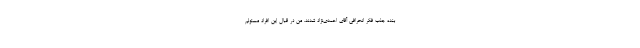
بنده جذب فکر انحرافی آقای احمدی‌نژاد شدند. من در قبال این افراد مسئولم